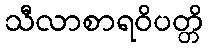
သီလာစာရဝိပတ္တိ